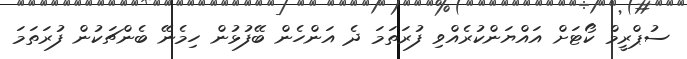
ސުޕްރީމް ކޯޓަށް އައްޔަންކުރެއްވި ފުރަތަމަ ދެ އަންހެން ބޭފުޅުން ހިމެނޭ ބެންޗަކުން ފުރަތަމަ